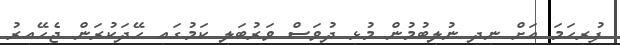
ފުރިހަމަ އަށް ނިދި ނުލިބުމުން މުޅި ދުވަސް ވަރުބަލި ކަމުގައި ހޭދަކުރަން ޖެހޭއިރު